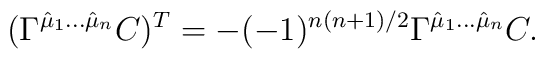
(\Gamma^{\hat\mu_1\dots\hat\mu_n}C)^{T}=-(-1)^{n(n+1)/2}\Gamma^{\hat\mu_1\dots\hat\mu_n}C.